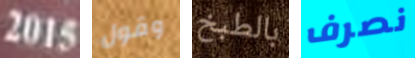
2015 وقول بالطبخ نصرف